Vaccination in Bombay 1863-1868 - 1863-1868
Year: 1863
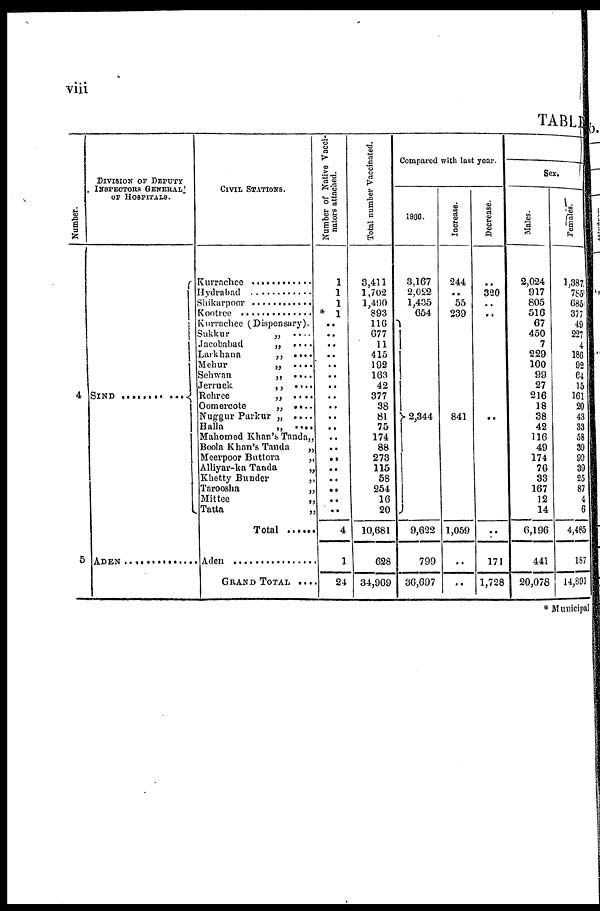
viii
TABLE
Number.
4
5
DIVISION OF DEPUTY
INSPECTORS GENERAL
OF HOSPITALS.
SIND ............
ADEN ..................
CIVIL STATIONS.
Kurrachee ............
Hydrabad ............
Shikarpoor ...........
Kootree .............
Kurrachee (Dispensary).
Sukkur
„ ....
Jacobabad
„
....
Larkhana
„
....
Mehur
„
....
Sehwan
„
....
Jerruck
„
....
Rohree
„
....
Oomercote
„ ....
Nuggur Parker „ ....
Balla
„
....
Mahomed Khan's Tanda„
Boola Khan's Tanda
„
Meerpoor Buttora
„
Alliyar-ka Tanda
„
Khetty Bunder
„
Taroosha
„
Mittee
„
Tatta
„
Total ......
Aden ..................
GRAND TOTAL ....
Number of Native Vacci-
nators attached.
1
1
1
* 1
..
..
..
..
..
..
..
..
..
..
..
..
..
..
..
..
..
..
..
4
1
24
Total number Vaccinated.
3,411
1,702
1,490
893
116
677
11
415
192
163
42
377
38
81
75
174
88
273
115
58
254
16
20
10,681
628
34,969
Compared with last year.
1866.
3,167
2,022
1,435
654
2,344
9,622
799
36,697
Increase.
244
.. 55
239
841
1,059
..
..
Decrease.
..
320
..
..
..
..
171
1,728
Sex.
Males.
2,024
917
805
516
67
450
7
229
100
99
27
216
18
38
42
116
49
174
76
33
167
12
14
6,196
441
20,078
Females.
1,38
78
68
37
49
227
4
186
92
64
15
161
20
43
33
58
39
99
39
25
87
4
6
4,485
187
14,891
* Municipal